Report of the King Institute of Preventive Medicine, Guindy
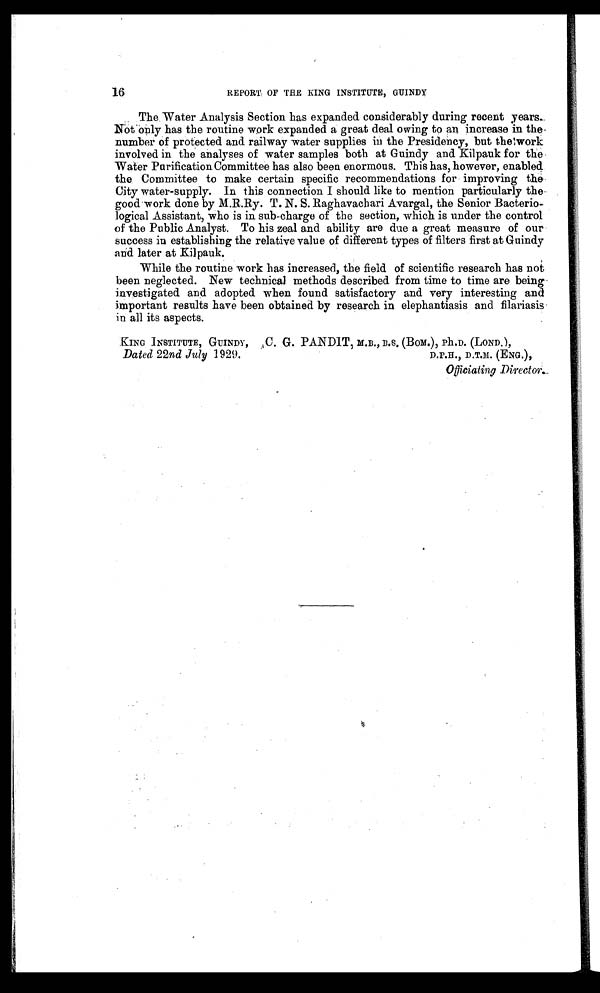
16
REPORT OF THE KING INSTITUTE, GUINDY
The Water Analysis Section has expanded considerably during recent years.
Not only has the routine work expanded a great deal owing to an increase in the
number of protected and. railway water supplies in the Presidency, but the work
involved in the analyses of water samples both at Guindy and Kilpauk for the
Water Purification Committee has also been enormous. This has, however, enabled
the Committee to make certain specific recommendations for improving the
City water-supply. In this connection I should like to mention particularly the
good work done by M.R.Ry. T. N. S. Raghavachari Avargal, the Senior Bacterio-
logical Assistant, who is in sub-charge of the section, which is under the control
of the Public Analyst. To his zeal and ability are due a great measure of our
success in establishing the relative value of different types of filters first at Guindy
and later at Kilpauk.
While the routine work has increased, the field of scientific research has not
been neglected. New technical methods described from time to time are being
investigated and adopted when found satisfactory and very interesting and
important results have been obtained by research in elephantiasis and filariasis
in all its aspects.
KING INSTITUTE, GUINDY, C. G. PANDIT, M. B., B.S. (BOM.), Ph.D. (LOND.),
Dated 22nd July 1929.
D.P.H., D.T.M. (ENG.),
Officiating Director.